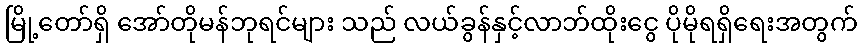
မြို့တော်ရှိ အော်တိုမန်ဘုရင်များ သည် လယ်ခွန်နှင့်လာဘ်ထိုးငွေ ပိုမိုရရှိရေးအတွက်